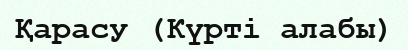
Қарасу (Күрті алабы)